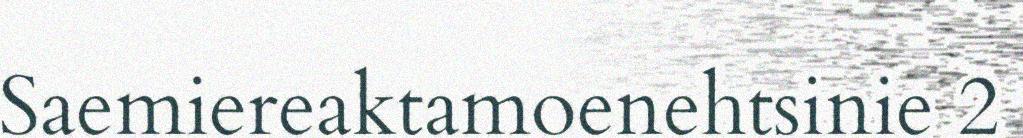
Saemiereaktamoenehtsinie 2